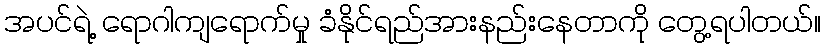
အပင်ရဲ့ ရောဂါကျရောက်မှု ခံနိုင်ရည်အားနည်းနေတာကို တွေ့ရပါတယ်။